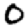
Digit: 0